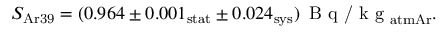
S _ { \mathrm { A r 3 9 } } = ( 0 . 9 6 4 \pm 0 . 0 0 1 _ { \mathrm { s t a t } } \pm 0 . 0 2 4 _ { \mathrm { s y s } } ) \, \textrm { B q / k g } _ { \mathrm { a t m A r } } .